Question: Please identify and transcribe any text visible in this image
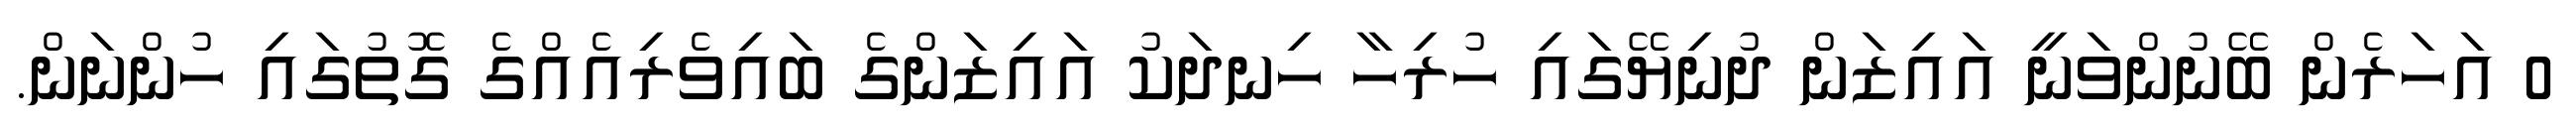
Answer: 0 އަހަރެން ބޭނުންވަނީ އައިޒަން ދުނިޔޭގައި ހުރިހާ ހިނދަކު އައިޒަންގެ ބައިވެރިއެއްގެ ގޮތުގައި ހުންނަން.